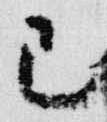
巳